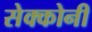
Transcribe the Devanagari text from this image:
सेक्कोनी